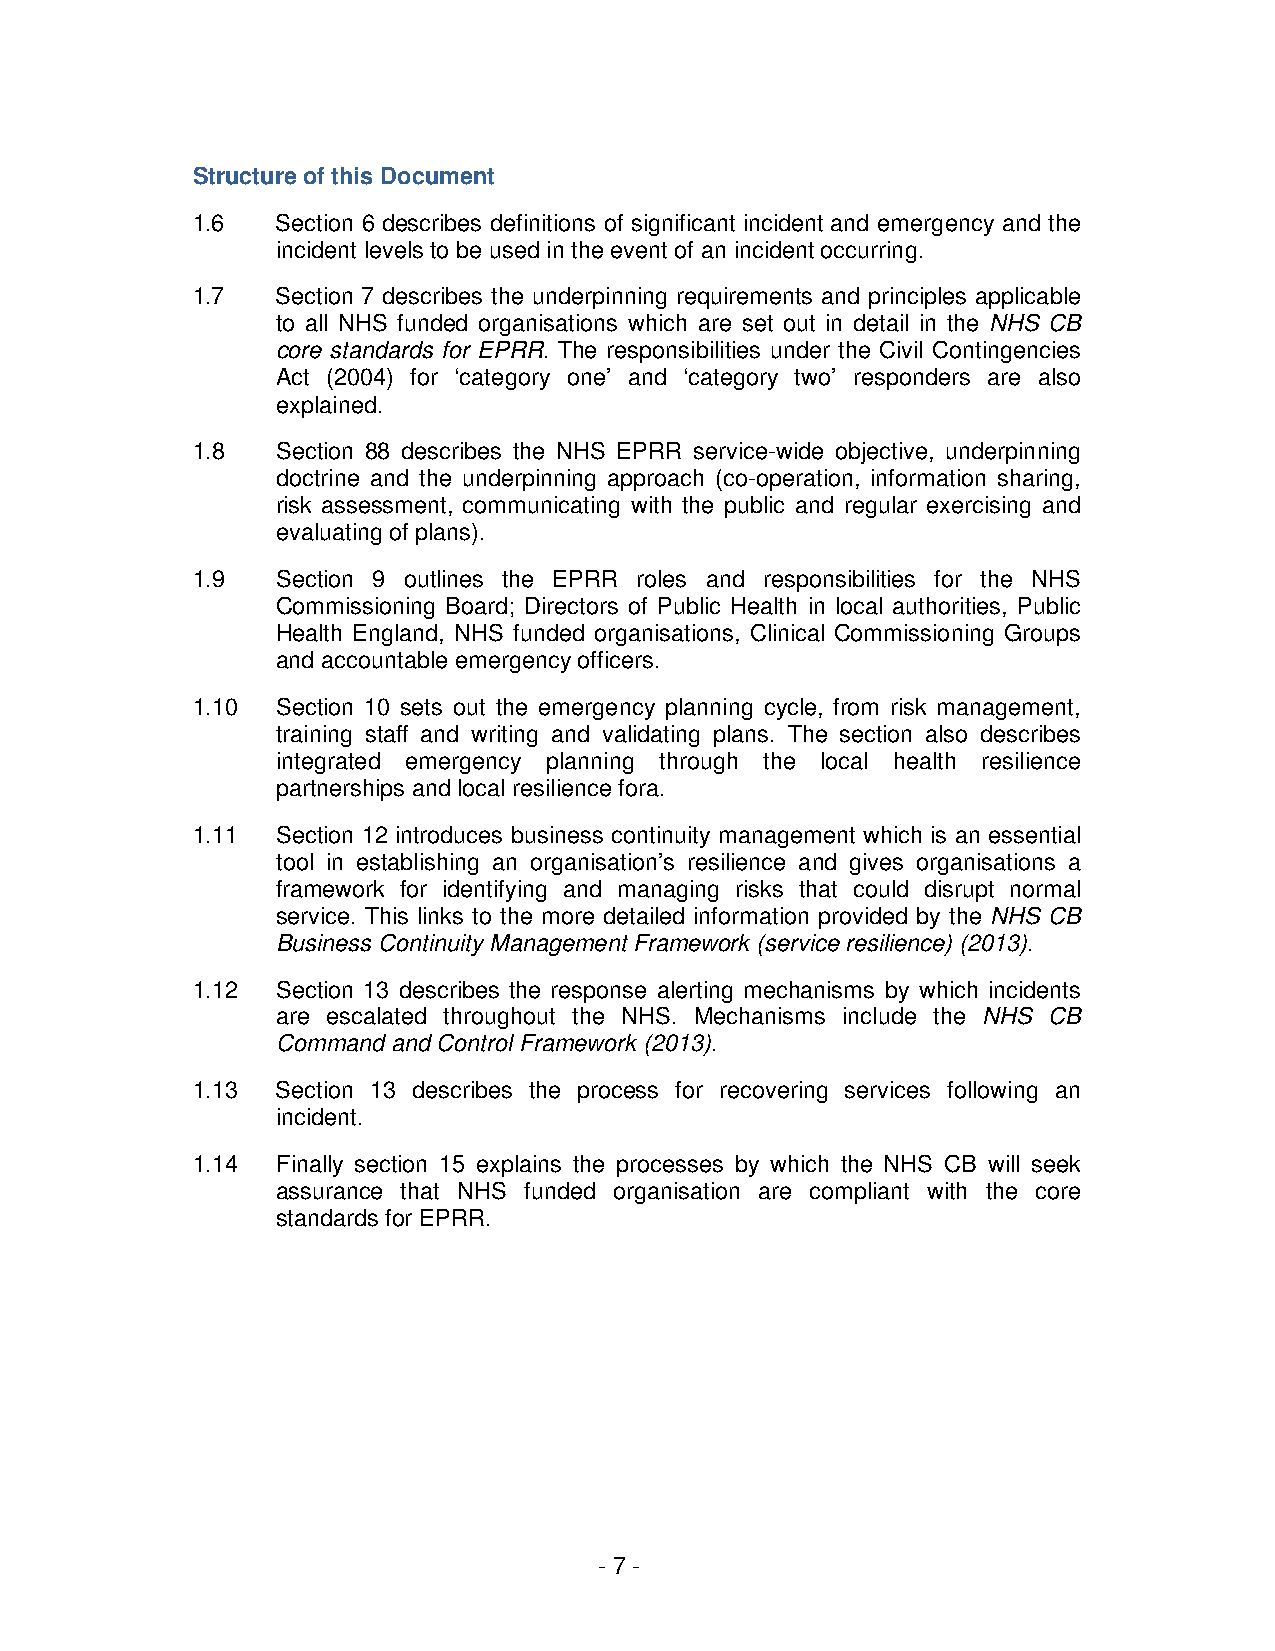
Structure of this Document
 1.6  Section 6 describes definitions of significant incident and emergency and the
 incident levels to be used in the event of an incident occurring.
 1.7  Section 7 describes the underpinning requirements and principles applicable
 to all NHS funded organisations which are set out in detail in the NHS CB
 core standards for EPRR. The responsibilities under the Civil Contingencies
 Act (2004) for ‘category one’ and ‘category two’ responders are also
 explained.
 1.8  Section 88 describes the NHS EPRR service-wide objective, underpinning
 doctrine and the underpinning approach (co-operation, information sharing,
 risk assessment, communicating with the public and regular exercising and
 evaluating of plans).
 1.9  Section 9 outlines the EPRR roles and responsibilities for the NHS
 Commissioning Board; Directors of Public Health in local authorities, Public
 Health England, NHS funded organisations, Clinical Commissioning Groups
 and accountable emergency officers.
 1.10 Section 10 sets out the emergency planning cycle, from risk management,
 training staff and writing and validating plans. The section also describes
 integrated emergency planning through the local health resilience
 partnerships and local resilience fora.
 1.11 Section 12 introduces business continuity management which is an essential
 tool in establishing an organisation’s resilience and gives organisations a
 framework for identifying and managing risks that could disrupt normal
 service. This links to the more detailed information provided by the NHS CB
 Business Continuity Management Framework (service resilience) (2013).
 1.12 Section 13 describes the response alerting mechanisms by which incidents
 are escalated throughout the NHS. Mechanisms include the NHS CB
 Command and Control Framework (2013).
 1.13 Section 13 describes the process for recovering services following an
 incident.
 1.14 Finally section 15 explains the processes by which the NHS CB will seek
 assurance that NHS funded organisation are compliant with the core
 standards for EPRR.
 - 7 -